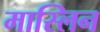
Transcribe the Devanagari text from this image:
मास्लिन